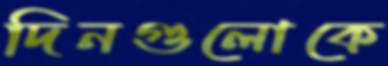
দিনগুলোকে